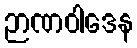
ဉာဏဝါဒေန